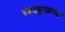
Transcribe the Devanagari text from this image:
आंत्रपुच्छच्या